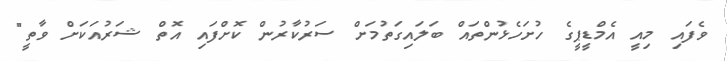
ވެފައި މިއީ އެމްޑީޕީގެ ހުށަހެޅުންތައް ބަލައިގަތުމަށް ސަރުކާރުން ކޮށްފައި އޮތް ޝަރުއަކަށް ވާތީ"